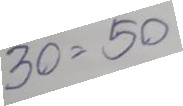
30 = 50